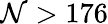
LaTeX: \mathcal{N}>176